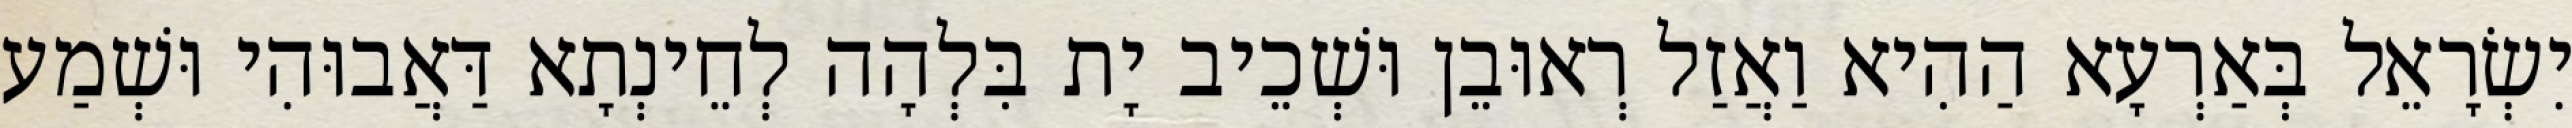
יִשְׂרָאֵל בְּאַרְעָא הַהִיא וַאֲזַל רְאוּבֵן וּשְׁכֵיב יָת בִּלְהָה לְחֵינְתָא דַּאֲבוּהִי וּשְׁמַע